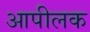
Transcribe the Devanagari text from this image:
आपीलक